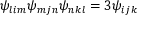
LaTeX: \psi _ { l i m } \psi _ { m j n } \psi _ { n k l } = 3 \psi _ { i j k }